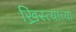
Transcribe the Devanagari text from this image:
ख्रिस्त्याच्या